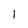
Character: 1